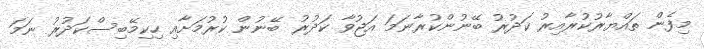
މިފެން ތައްޔާރުކުރާއިރު ކަދުރު ބޭނުންކުރާނަމަ އަޖުވާ ކަދުރު ބޭނުން ކުރުމަށާއި ހިކިމޭބިސްކަދުރު ނަމަ